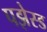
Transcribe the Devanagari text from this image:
पझेस्ड